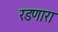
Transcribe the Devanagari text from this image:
रडणारा